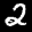
Label: 2